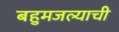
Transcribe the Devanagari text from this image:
बहुमजल्याची